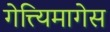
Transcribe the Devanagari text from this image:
गेत्त्यिमागेस